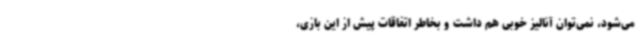
می‌شود، نمی‌توان آنالیز خوبی هم داشت و بخاطر اتفاقات پیش از این بازی،